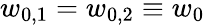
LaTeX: w_{0,1}=w_{0,2}\equiv w_{0}